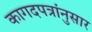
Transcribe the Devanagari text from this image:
कागदपत्रांनुसार